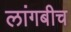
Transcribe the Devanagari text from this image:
लांगबीच